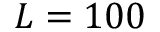
L = 1 0 0